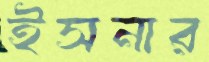
ইসনার